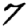
Digit: 7